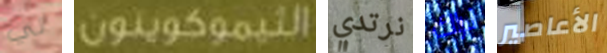
لي الثيموكوينون نرتدي نراك الأعاصير